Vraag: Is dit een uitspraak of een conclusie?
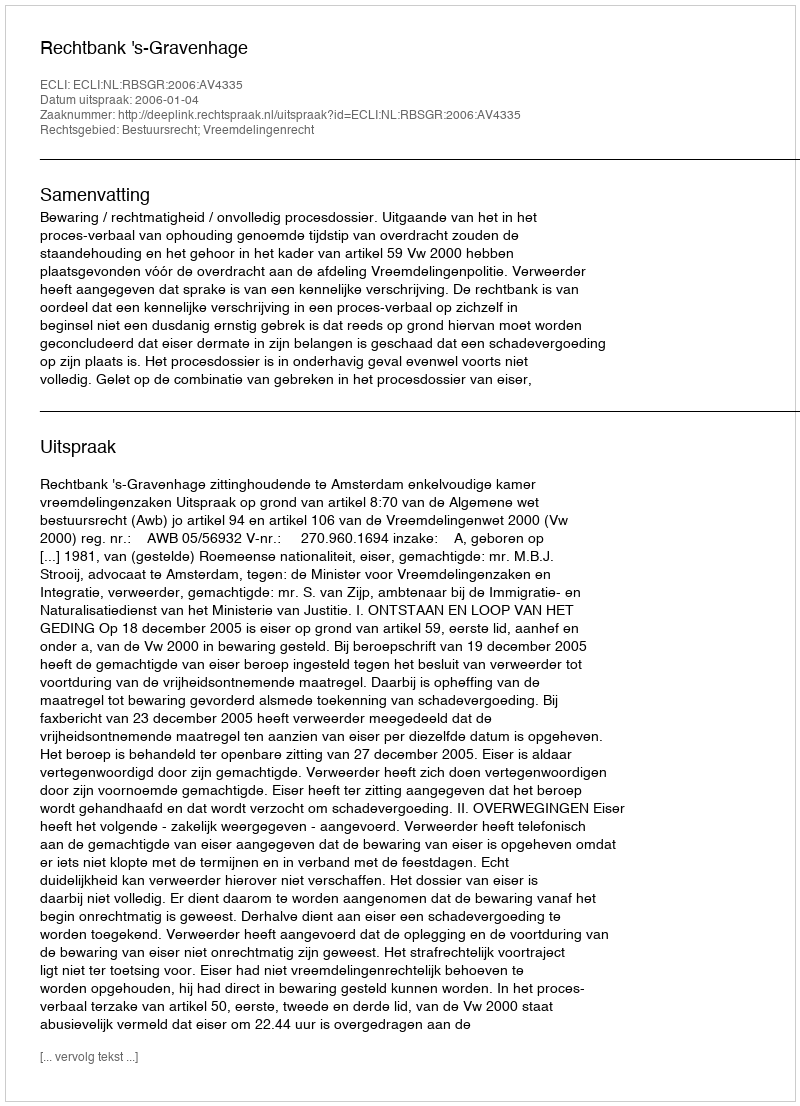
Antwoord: Uitspraak